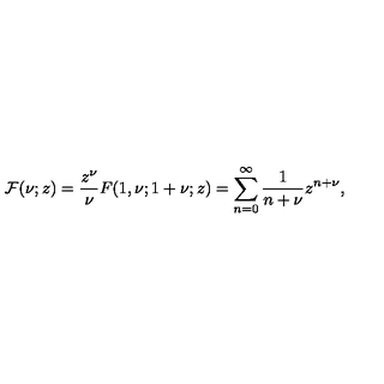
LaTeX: { \cal F } ( \nu ; z ) = \frac { z ^ { \nu } } { \nu } F ( 1 , \nu ; 1 + \nu ; z ) = \sum _ { n = 0 } ^ { \infty } \frac { 1 } { n + \nu } z ^ { n + \nu } ,